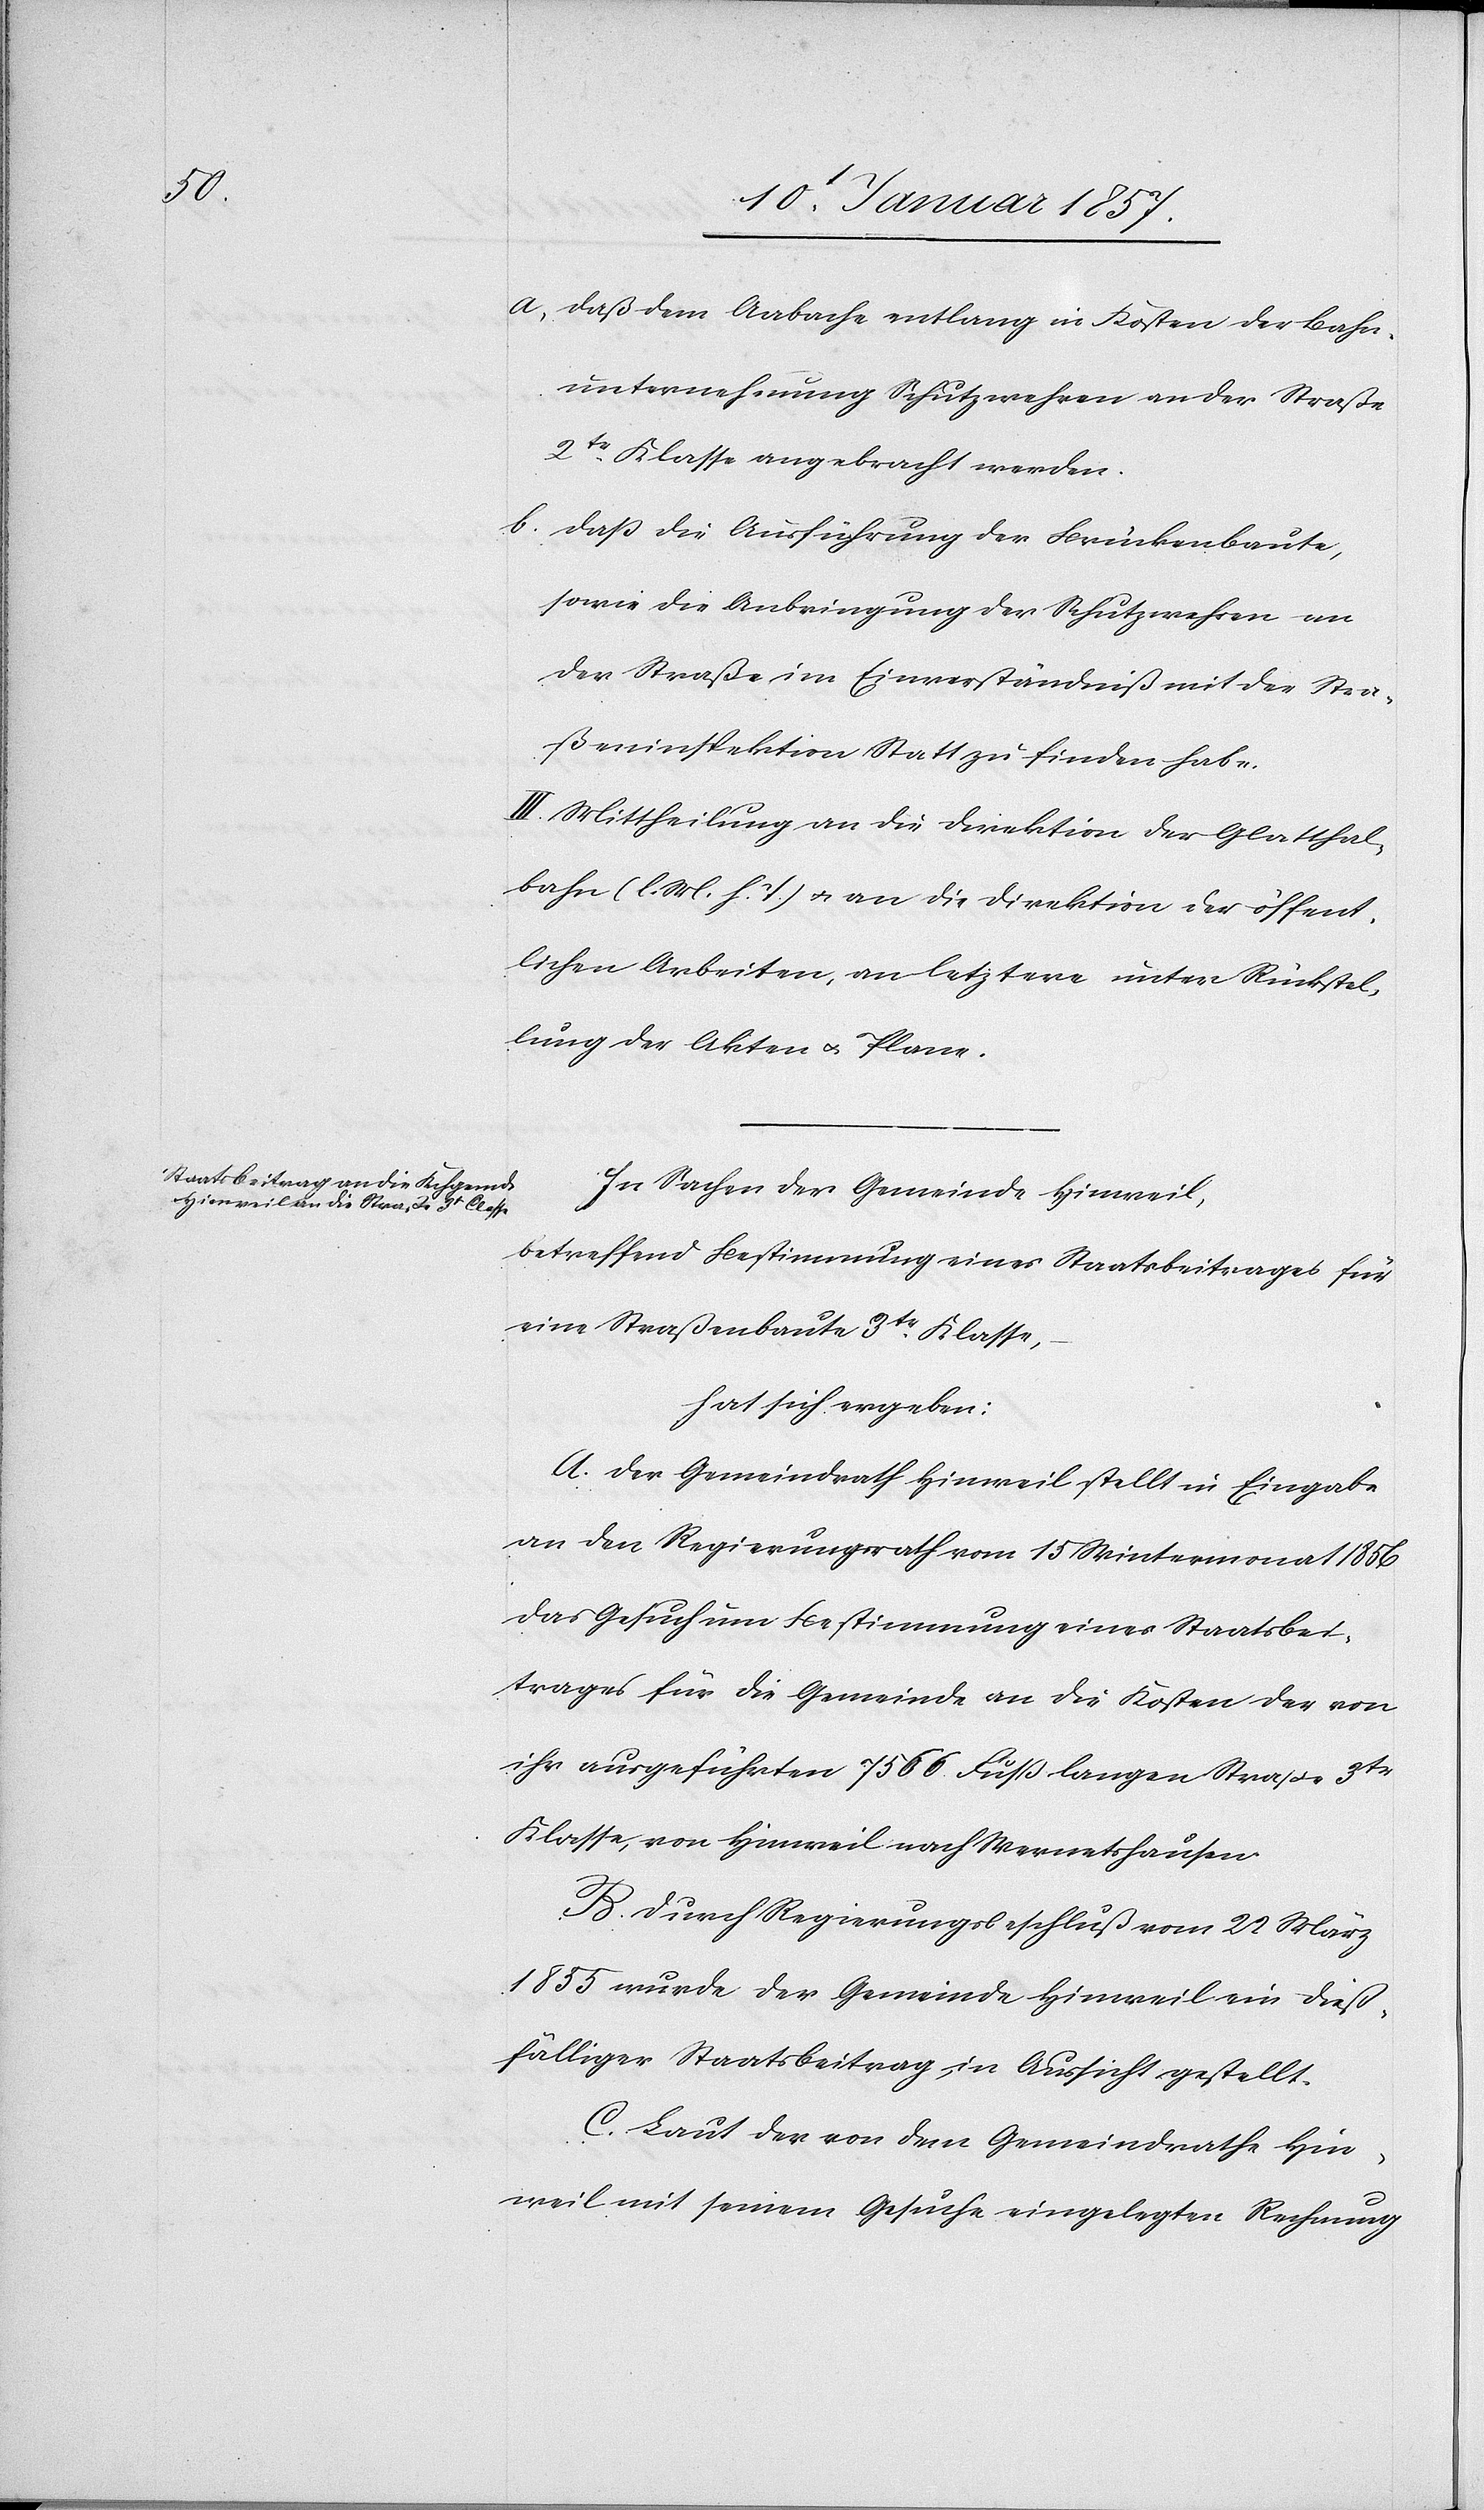
a, Daß dem Aabache entlang in Kosten der Bahn¬
unternehmung Schutzwehren an der Straße
2te Klasse angebracht werden:
b. Daß die Ausführung der Schutzwehren an
der Straße im Einverständniß mit der Stra¬
ßeninspektion Statt zu finden habe.
II. Mittheilung an die Direktion der Glatthal¬
bahn (l. M. h. T.) & an die Direktion der öffent¬
lichen Arbeiten, an letztere unter Rückstel¬
lung der Akten u. Plane
In Sachen der Gemeinde Hinweil,
betreffend Bestimmung eines Staatsbeitrages für
eine Straßenbaute 3tr Klasse,
hat sich ergeben:
A. Der Gemeindrath Hinweil stellt in Eingabe
an den Regierungsrath vom 15 Wintermonat 1856
das Gesuch um Bestimmung eines Staatsbei¬
trages für die Gemeinde an die Kosten der von
ihr ausgeführten 7566. Fuß langen Straße 3tr
Klasse, von Hinweil nach Wernetshausen.
B. Durch Regierungsbeschluß vom 22 März
1855 wurde der Gemeinde Hinweil ein dieß¬
fälliger Staatsbeitrag, in Aussicht gestellt.
C. Laut der von dem Gemeindrathe Hin¬
weil mit seinem Gesuche eingelegten Rechnung